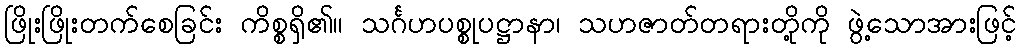
ဖြိုးဖြိုးတက်စေခြင်း ကိစ္စရှိ၏။ သင်္ဂဟပစ္စုပဋ္ဌာနာ၊ သဟဇာတ်တရားတို့ကို ဖွဲ့သောအားဖြင့်